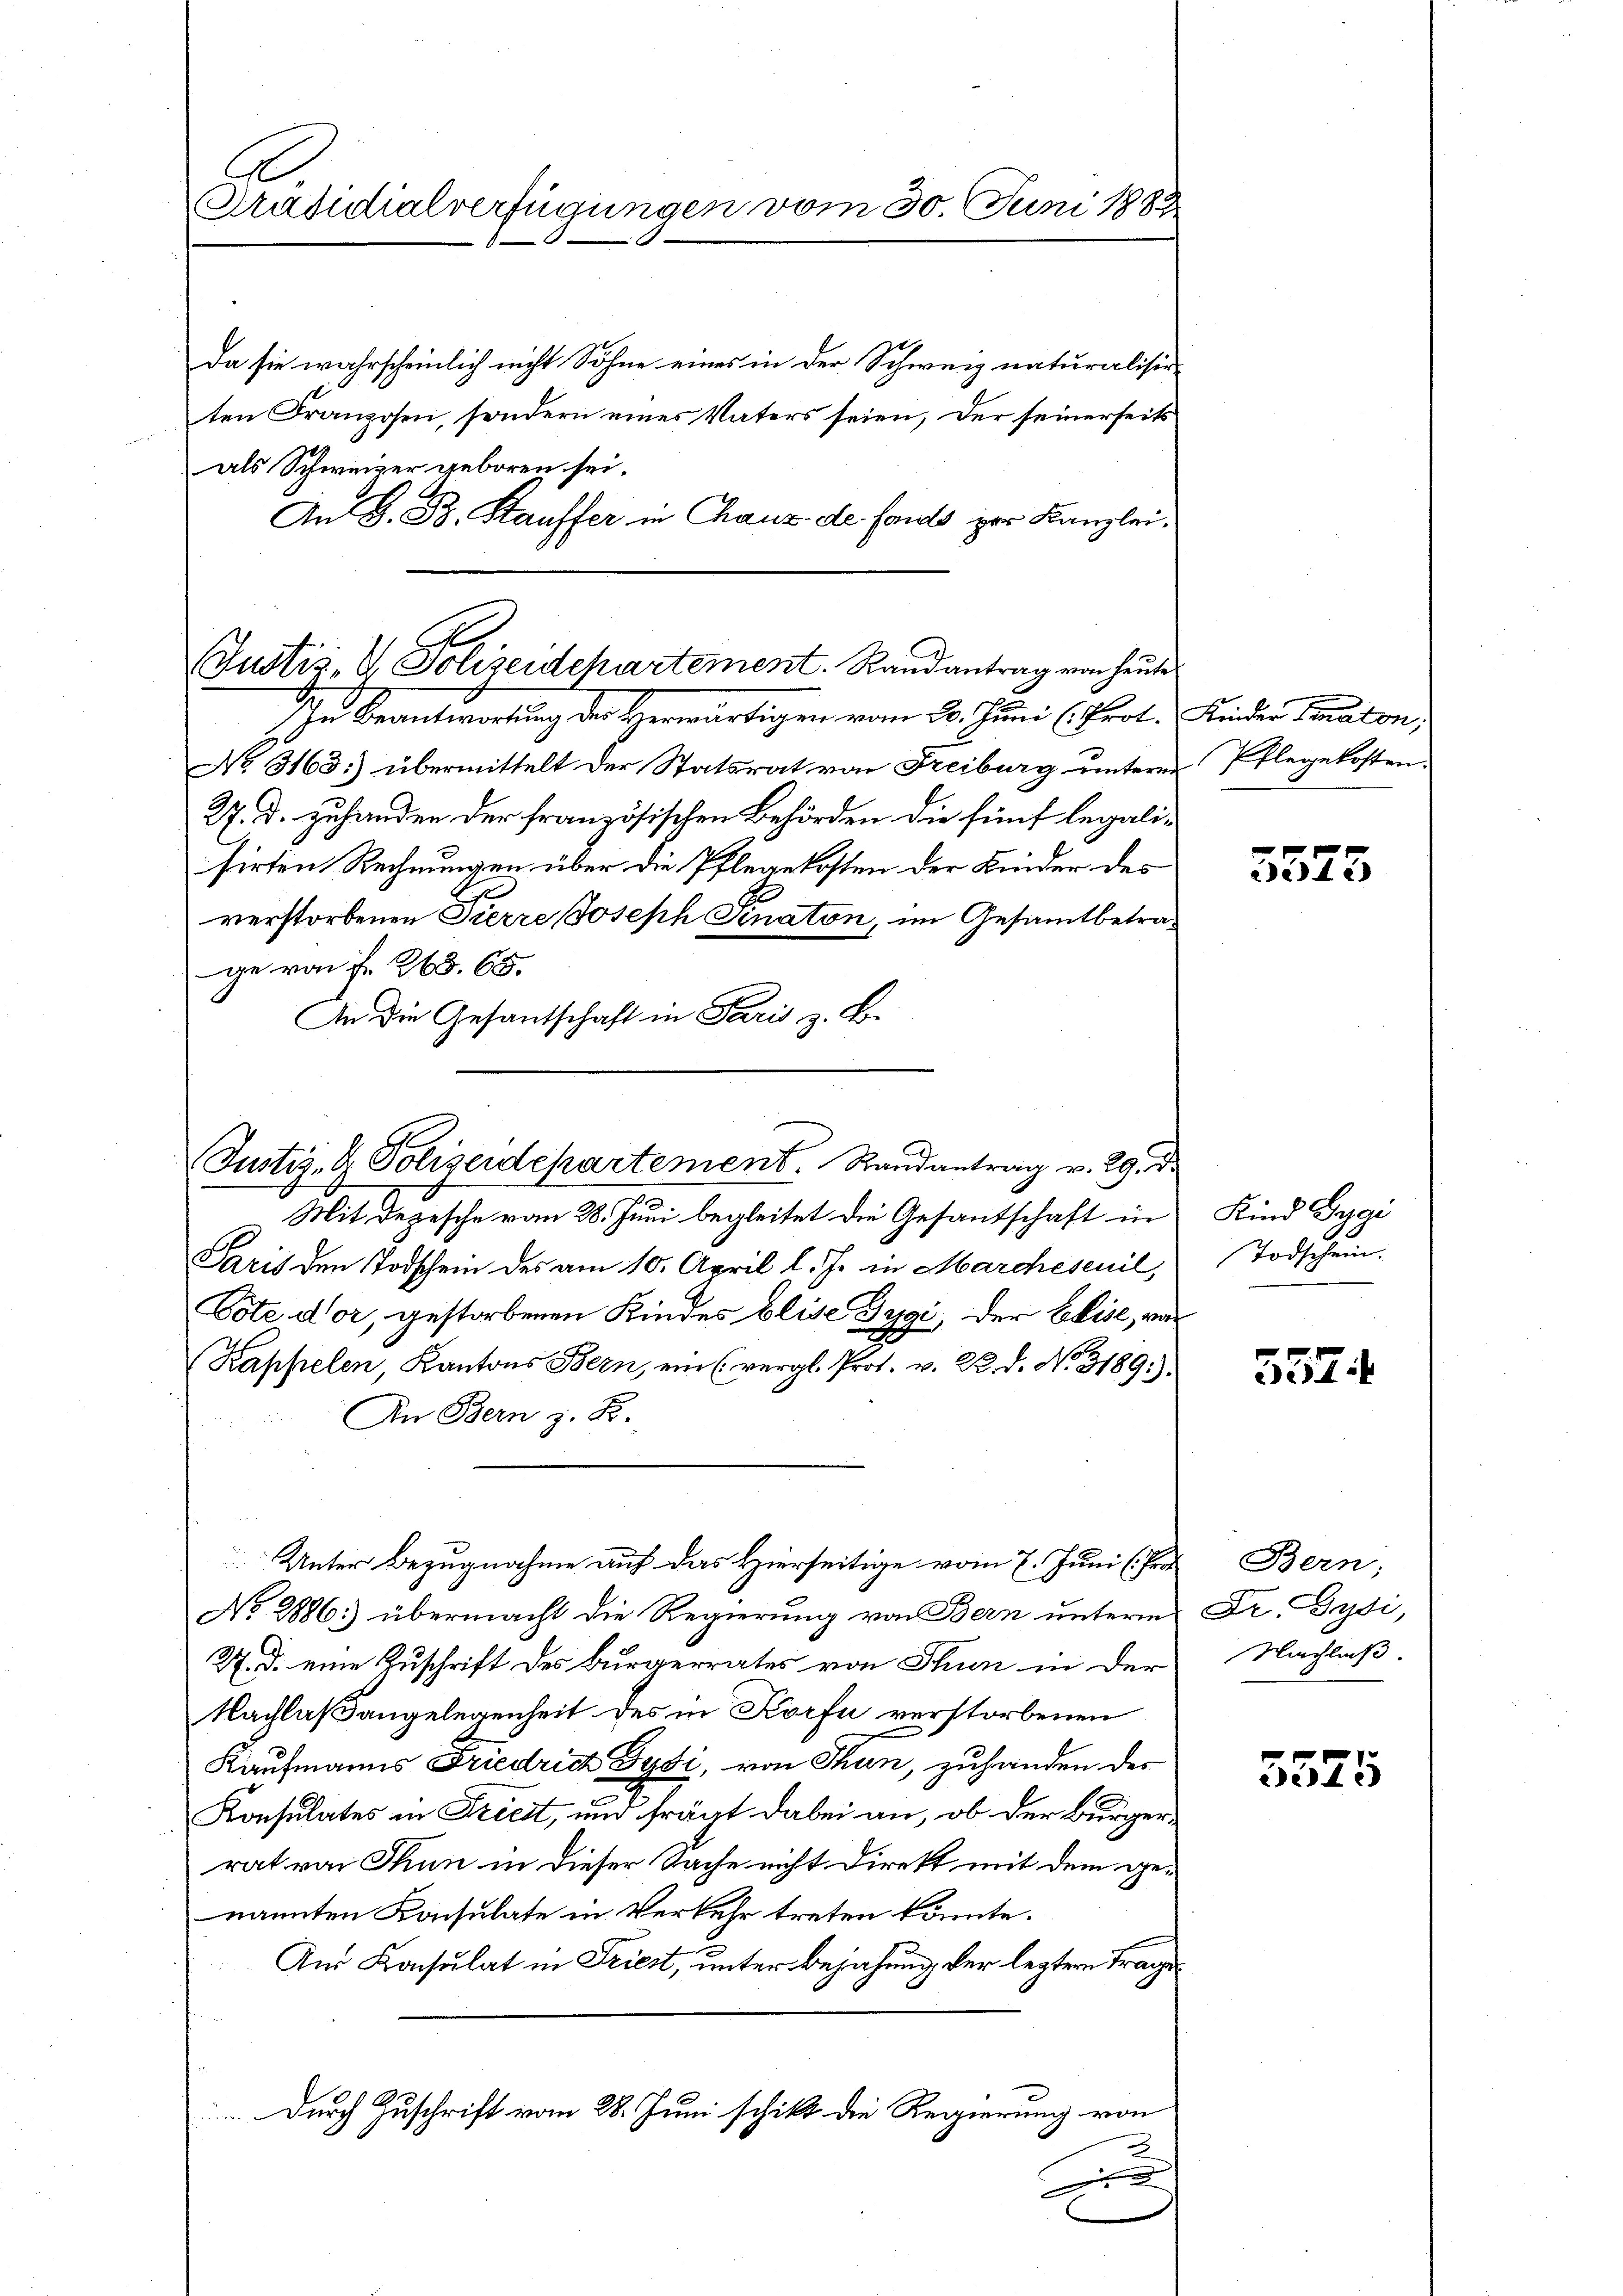
Präsidialverfügungen vom 30. Juni 1883

Da sie wahrscheinlich nicht Sohne eines in der Schweiz naturalisie-
ten Franzosen, sondern eines Vaters seien, der seinerseits
als Schweizer geboren sei.
An G. B. Kauffer in Chaus de fando zur Kanzlei¬

Justiz- & Polizeidepartement. Randantrag von heute
s

In Beantwortung der Herwärtigen vom 20. Juni (Prot. Kinder Senaton,
No. 3163:) übermittelt der Statsrat von Freiburg untere Pflegekosten.
27. d. zuhanden der französischen Behörden die fünf legalisirten Rechnungen über die Pflegekosten der Kinder des
verstorbenen Pierre Joseph Senaten, im Gesammtbetrage von Fr. 268. 65.
An die Gesandschaft in Paris z. B.

Justiz- & Polizeidepartement. Randantrag v. 29. Dr.

Mit Depesche vom 28. Juni begleitet die Gesantschaft in
Paris den Todschein des am 10. April l. Js. in Marcheseuil,
Vote dor, gestorbenen Kindes blise Tygi, der Elise, vo
Kappelen, Kantons Bern, ein (vergl. Prot. v. R. d. No. 3189:
In Bern z. B.
No 2886: übermacht die Regierung von Bern unterm
R. d. eine Zuschrift des Burgerrates von Thun in der
Nachlaßangelegenheit des in Korfe verstorbenen
Kaufmanns Friedrich Gysi, von Thun, zuhanden des
Konsulates in Friest, und frägt dabei an, ob der Bürgerrat von Thun in dieser Sache nicht Direkt mit dem ge-
nannten Konsulate in Verkehr treten könnte.
And Konsulat in Triest, unter Bejahung der leztem Trage
Durch Zuschrift vom 28. Juni schikt die Regierung von
u

Unter Bezugnahme auf das Hierseitige vom 7. Juni (Pro

3573

Kind Gygi
Todschein.

552.

Bern;
Dr. Gysi,
Nachlaß.

x
3575